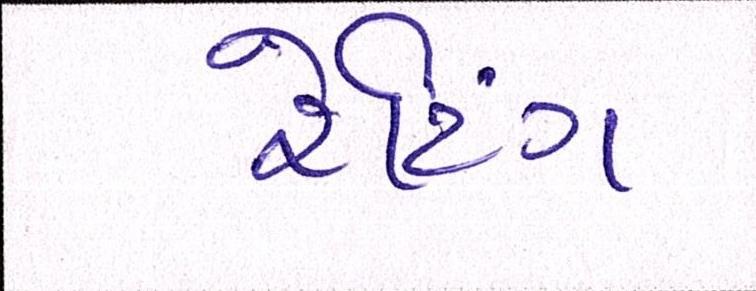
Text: રેટિંગ